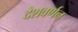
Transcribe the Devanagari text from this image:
देशवर्णन